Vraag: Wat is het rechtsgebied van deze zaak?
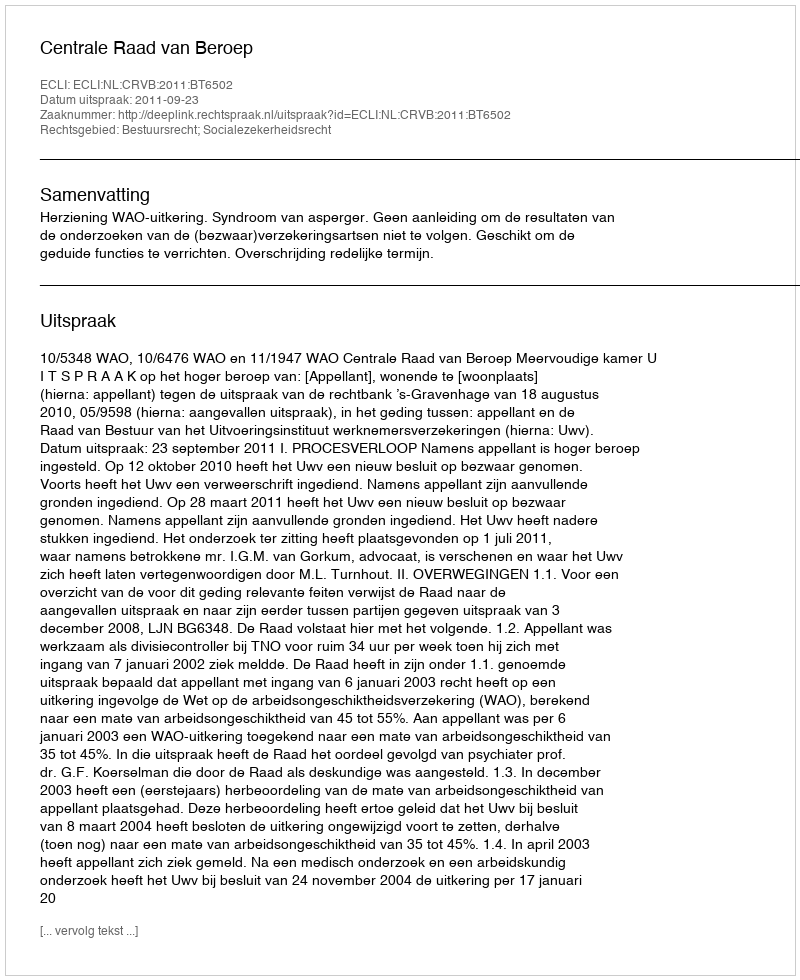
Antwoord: Bestuursrecht; Socialezekerheidsrecht